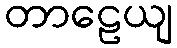
တာဠေယျ